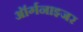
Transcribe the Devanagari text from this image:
ऑर्गनाइजर